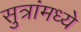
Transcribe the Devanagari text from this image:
सुत्रांमध्ये